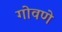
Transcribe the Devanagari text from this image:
गोवणे